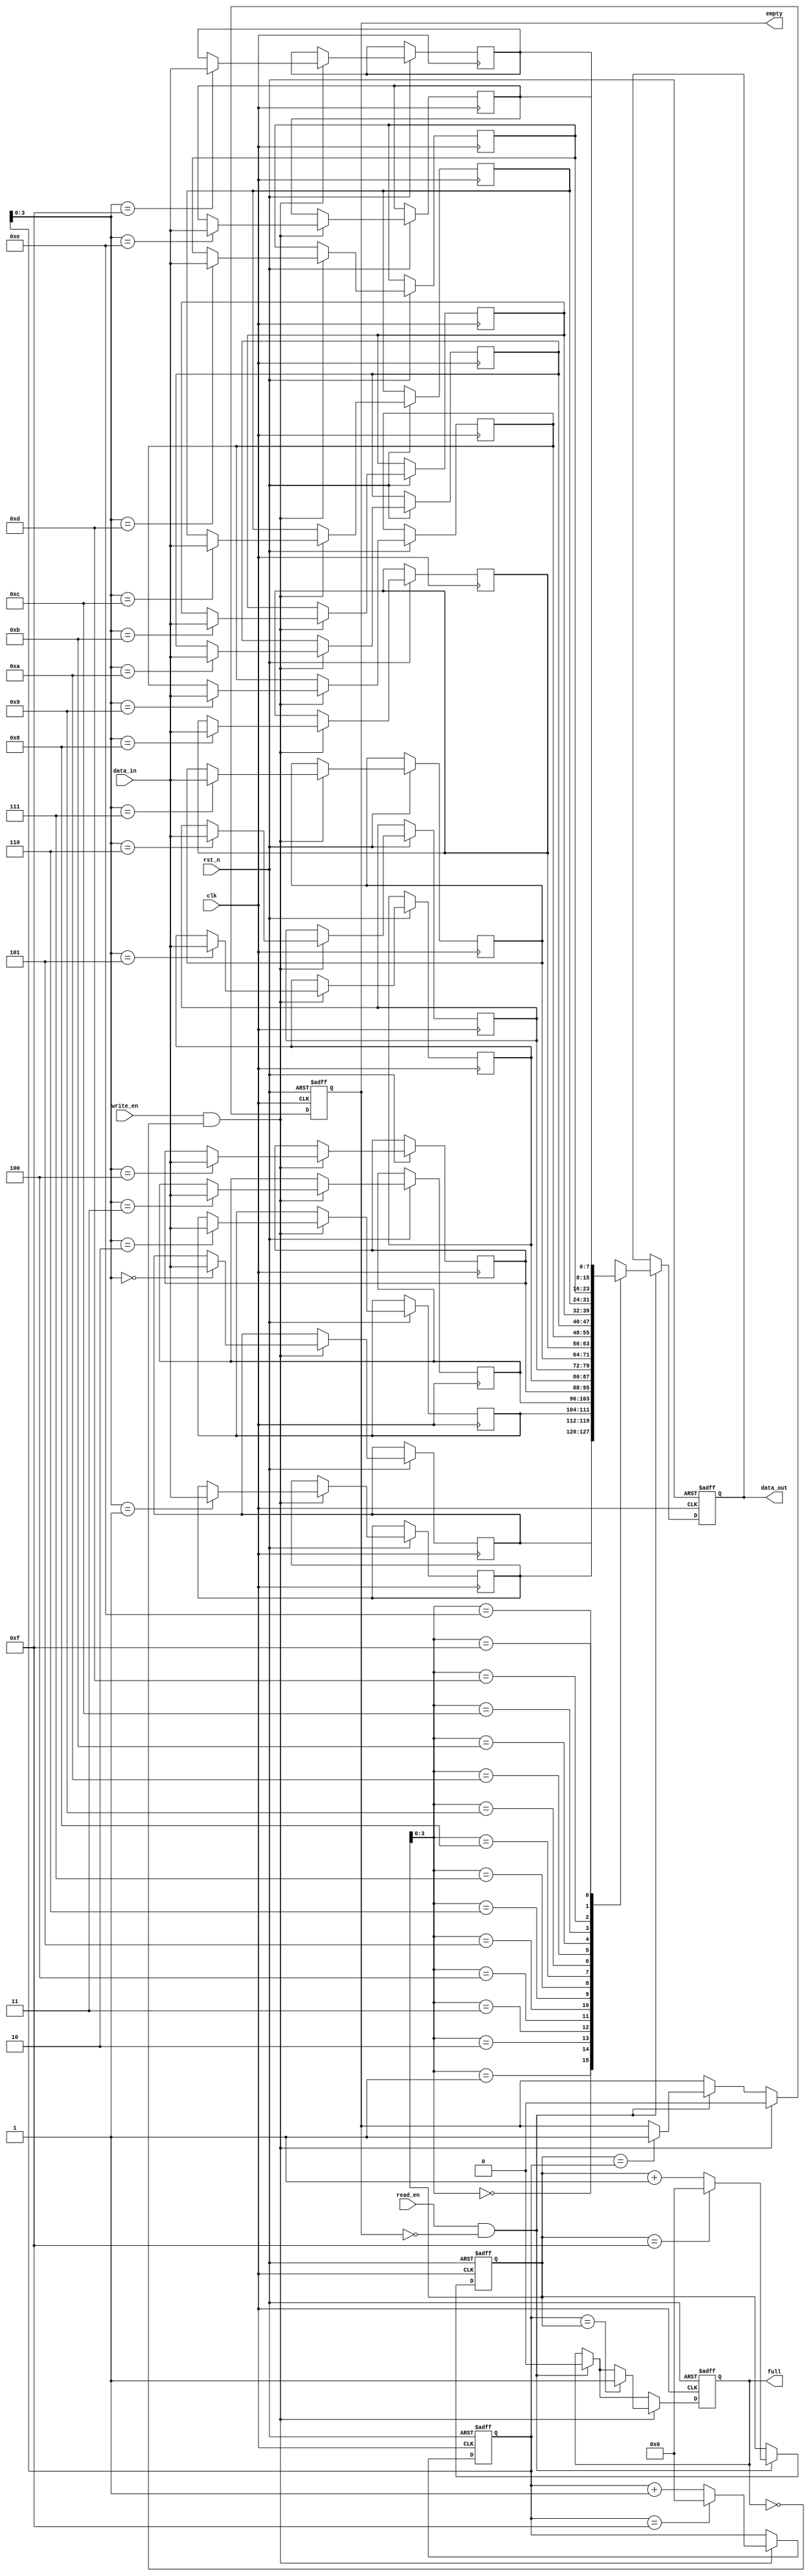
module async_fifo (
    input wire clk,
    input wire rst_n,
    input wire read_en,
    input wire write_en,
    input wire [DATA_WIDTH-1:0] data_in,
    output reg [DATA_WIDTH-1:0] data_out,
    output reg empty,
    output reg full
);

parameter DATA_WIDTH = 8;
parameter FIFO_DEPTH = 16;

reg [DATA_WIDTH-1:0] fifo [0:FIFO_DEPTH-1];
reg [4:0] read_ptr = 0;
reg [4:0] write_ptr = 0;

always @(posedge clk or negedge rst_n) begin
    if (~rst_n) begin
        read_ptr <= 0;
        write_ptr <= 0;
        empty <= 1;
        full <= 0;
        data_out <= 0;
    end else begin
        if (read_en && ~empty) begin
            data_out <= fifo[read_ptr];
            read_ptr <= (read_ptr == FIFO_DEPTH-1) ? 0 : read_ptr + 1;
            if (read_ptr == write_ptr) begin
                empty <= 1;
            end
            full <= 0;
        end
        
        if (write_en && ~full) begin
            fifo[write_ptr] <= data_in;
            write_ptr <= (write_ptr == FIFO_DEPTH-1) ? 0 : write_ptr + 1;
            if (write_ptr == read_ptr) begin
                full <= 1;
            end
            empty <= 0;
        end
    end
end

endmodule